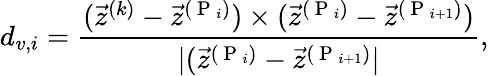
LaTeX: d_{v,i}={\frac{(\vec{z}^{(k)}-\vec{z}^{(\mathrm{~P~}_{i})})\times(\vec{z}^{(\mathrm{~P~}_{i})}-\vec{z}^{(\mathrm{~P~}_{i+1})})}{|(\vec{z}^{(\mathrm{~P~}_{i})}-\vec{z}^{(\mathrm{~P~}_{i+1})}|}},